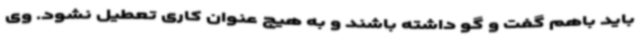
باید باهم گفت و گو داشته باشند و به هیچ عنوان کاری تعطیل نشود. وی